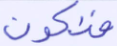
فنكون